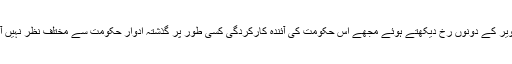
تصویر کے دونوں رُخ دیکھتے ہوئے مجھے اس حکومت کی آئندہ کارکردگی کسی طور پر گذشتہ ادوارِ حکومت سے مختلف نظر نہیں آتیں۔